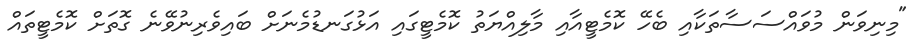
"މިނިވަން މުވައްސަސާތަކާއި ބެހޭ ކޮމެޓީއާއި މާލިއްޔަތު ކޮމެޓީގައި އަޅުގަނޑުމެނަށް ބައިވެރިނުވޭނެ ގޮތަށް ކޮމެޓީތައް